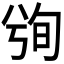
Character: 𰃢